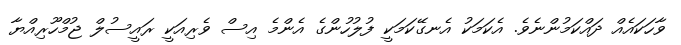
ވާހަކައެއް ދައްކަމުންނެވެ. އެކަމަކު އެނގޭކަމަކީ ފުލުހުންގެ އެންމެ އިސް ވެރިއަކީ ރައީސުލް ޖުމްހޫރިއްޔާ